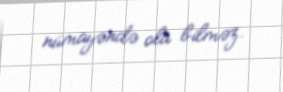
nümayəndə ola bilməz.